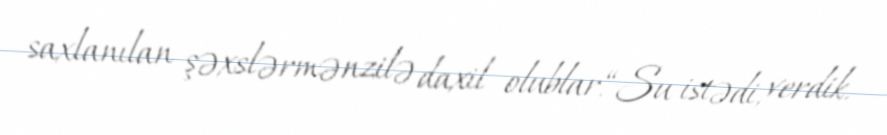
saxlanılan şəxslərmənzilə daxil olublar.“Su istədi, verdik.